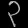
Digit: ၃